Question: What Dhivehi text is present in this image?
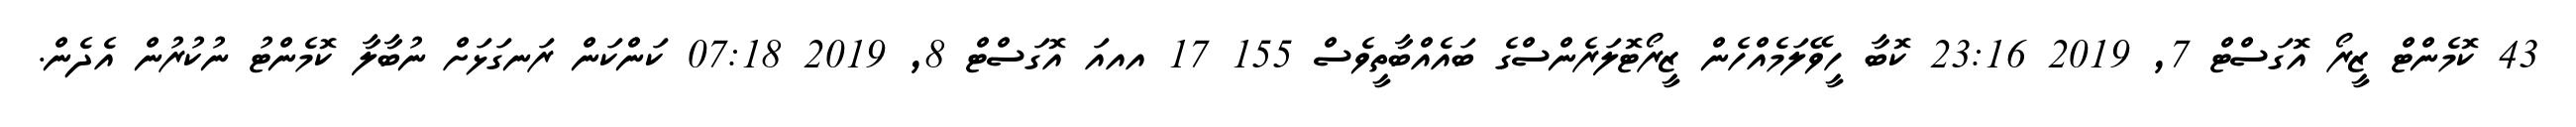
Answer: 43 ކޮމެންޓް ޒީރޯ އޮގަސްޓް 7, 2019 23:16 ކޮބާ ހީވޭލަމެއްހެން ޒީރޯޓޮލަރެންސްގެ ބައެއްބާތީވެސް 155 17 އއއަ އޮގަސްޓް 8, 2019 07:18 ކަންކަން ރަނގަޅަށް ނުބާލާ ކޮމެންޓު ނުކުރުން އެދެން.